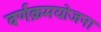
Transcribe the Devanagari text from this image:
वर्णक्रमयोजना